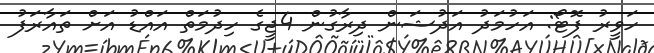
ހަވީރު ފޮޓޯ: އަހުމަދު އަދުޝަން ދިރާގުން 4ޖީގެ ހިދުމަތް އައްޑު އަށް ތައާރަފު